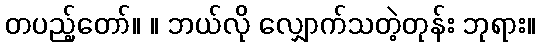
တပည့်တော်။ ။ ဘယ်လို လျှောက်သတဲ့တုန်း ဘုရား။